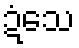
ဍံသေ